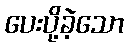
ပေးပို့ခဲ့သော